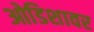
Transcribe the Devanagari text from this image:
ओडिशावर